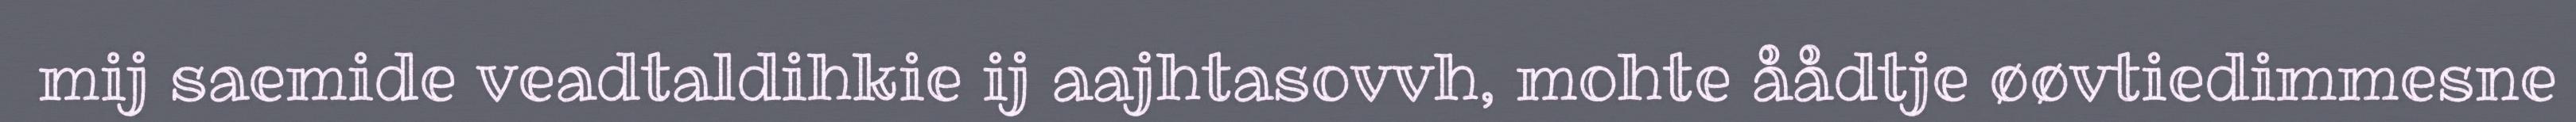
mij saemide veadtaldihkie ij aajhtasovvh, mohte åådtje øøvtiedimmesne